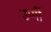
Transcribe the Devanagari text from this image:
उणीं